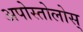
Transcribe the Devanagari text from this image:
अपोस्तोलोस्